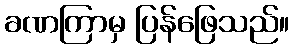
ခဏကြာမှ ပြန်ဖြေသည်။